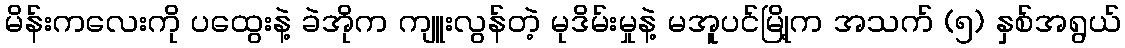
မိန်းကလေးကို ပထွေးနဲ့ ခဲအိုက ကျူးလွန်တဲ့ မုဒိမ်းမှုနဲ့ မအူပင်မြို့က အသက် (၅) နှစ်အရွယ်